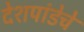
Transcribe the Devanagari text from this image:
देशपांडेचे